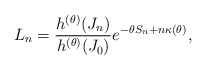
\begin{align*}L_n = \frac{h^{(\theta)}(J_n)}{h^{(\theta)}(J_0)}e^{-\theta{S_n}+n\kappa(\theta)},\end{align*}